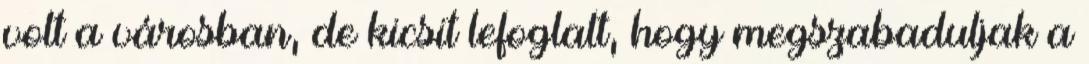
volt a városban, de kicsit lefoglalt, hogy megszabaduljak a